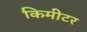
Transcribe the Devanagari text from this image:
किमीटर